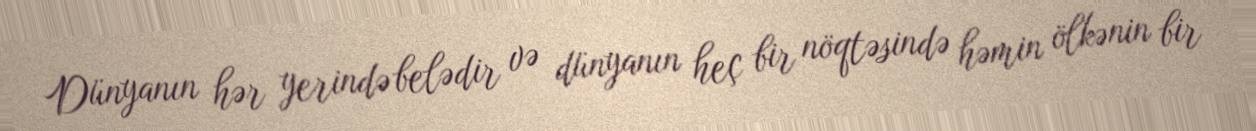
Dünyanın hər yerində belədir və dünyanın heç bir nöqtəsində həmin ölkənin bir